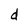
Character: d